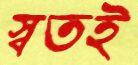
স্বতই